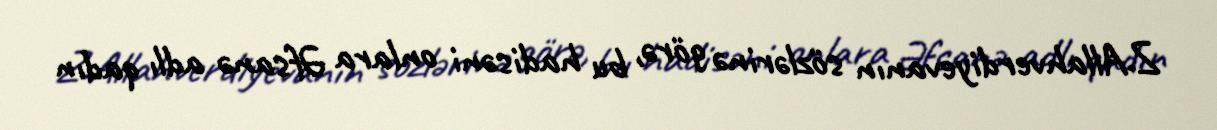
Z.Allahverdiyevanın sözlərinə görə, bu hadisəni onlara Əfsanə adlı qadın